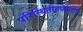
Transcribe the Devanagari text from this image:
परिस्थितीमधेदेखील